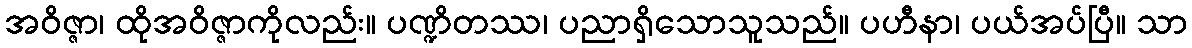
အဝိဇ္ဇာ၊ ထိုအဝိဇ္ဇာကိုလည်း။ ပဏ္ဍိတဿ၊ ပညာရှိသောသူသည်။ ပဟီနာ၊ ပယ်အပ်ပြီ။ သာ